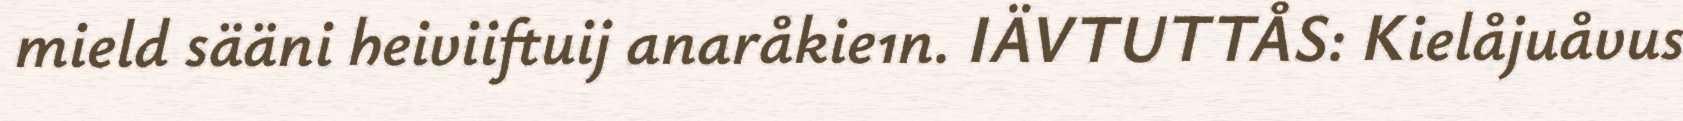
mield sääni heiviiftuij anaråkie1n. IÄVTUTTÅS: Kielåjuåvus